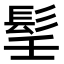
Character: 𩬎